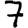
Digit: 7